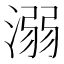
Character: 溺